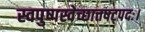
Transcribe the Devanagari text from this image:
स्वपुष्पस्वेच्छात्तषट्पदः।